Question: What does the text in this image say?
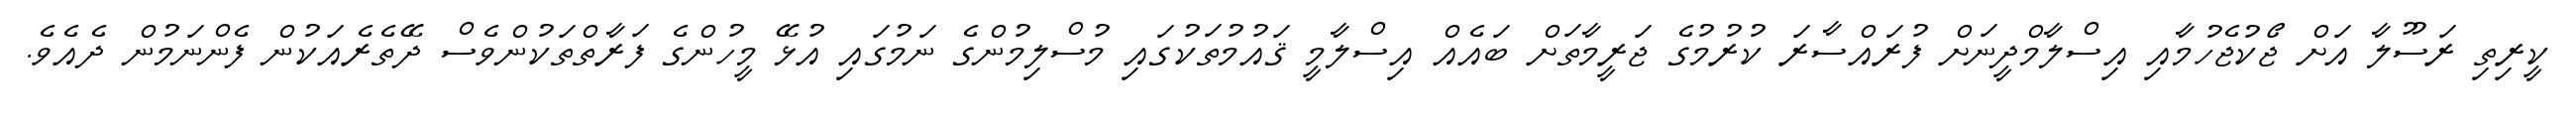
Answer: ކީރިތި ރަސޫލާ އަށް ޖޯކުޖެހުމާއި އިސްލާމްދީނަށް ފުރައްސާރަ ކުރުމުގެ ޖަރީމާތަށް ބައެއް އިސްލާމީ ޤައުމުތަކުގައި މުސްލިމުންގެ ނަމުގައި އުޅޭ މީހުންގެ ފަރާތްތަކުންވެސް ދޭތެރެއަކުން ފެންނަމުން ދެއެވެ.